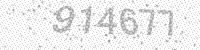
Solution: 914677